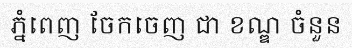
ភ្នំពេញ ចែកចេញ ជា ខណ្ឌ ចំនួន